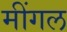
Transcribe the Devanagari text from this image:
मींगल